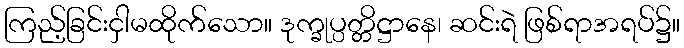
ကြည့်ခြင်းငှါမထိုက်သော။ ဒုက္ခုပ္ပတ္တိဋ္ဌာနေ၊ ဆင်းရဲ ဖြစ်ရာအရပ်၌။